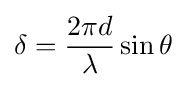
\delta ={\frac {2\pi d}{\lambda }}\sin \theta \,\!